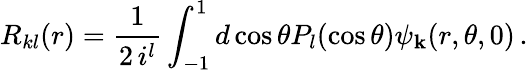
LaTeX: R_{kl}(r)={\frac{1}{2\, i^{l}}}\int_{-1}^{1}d\cos\theta P_{l}(\cos\theta)\psi_{\mathbf k}(r,\theta,0)\, .